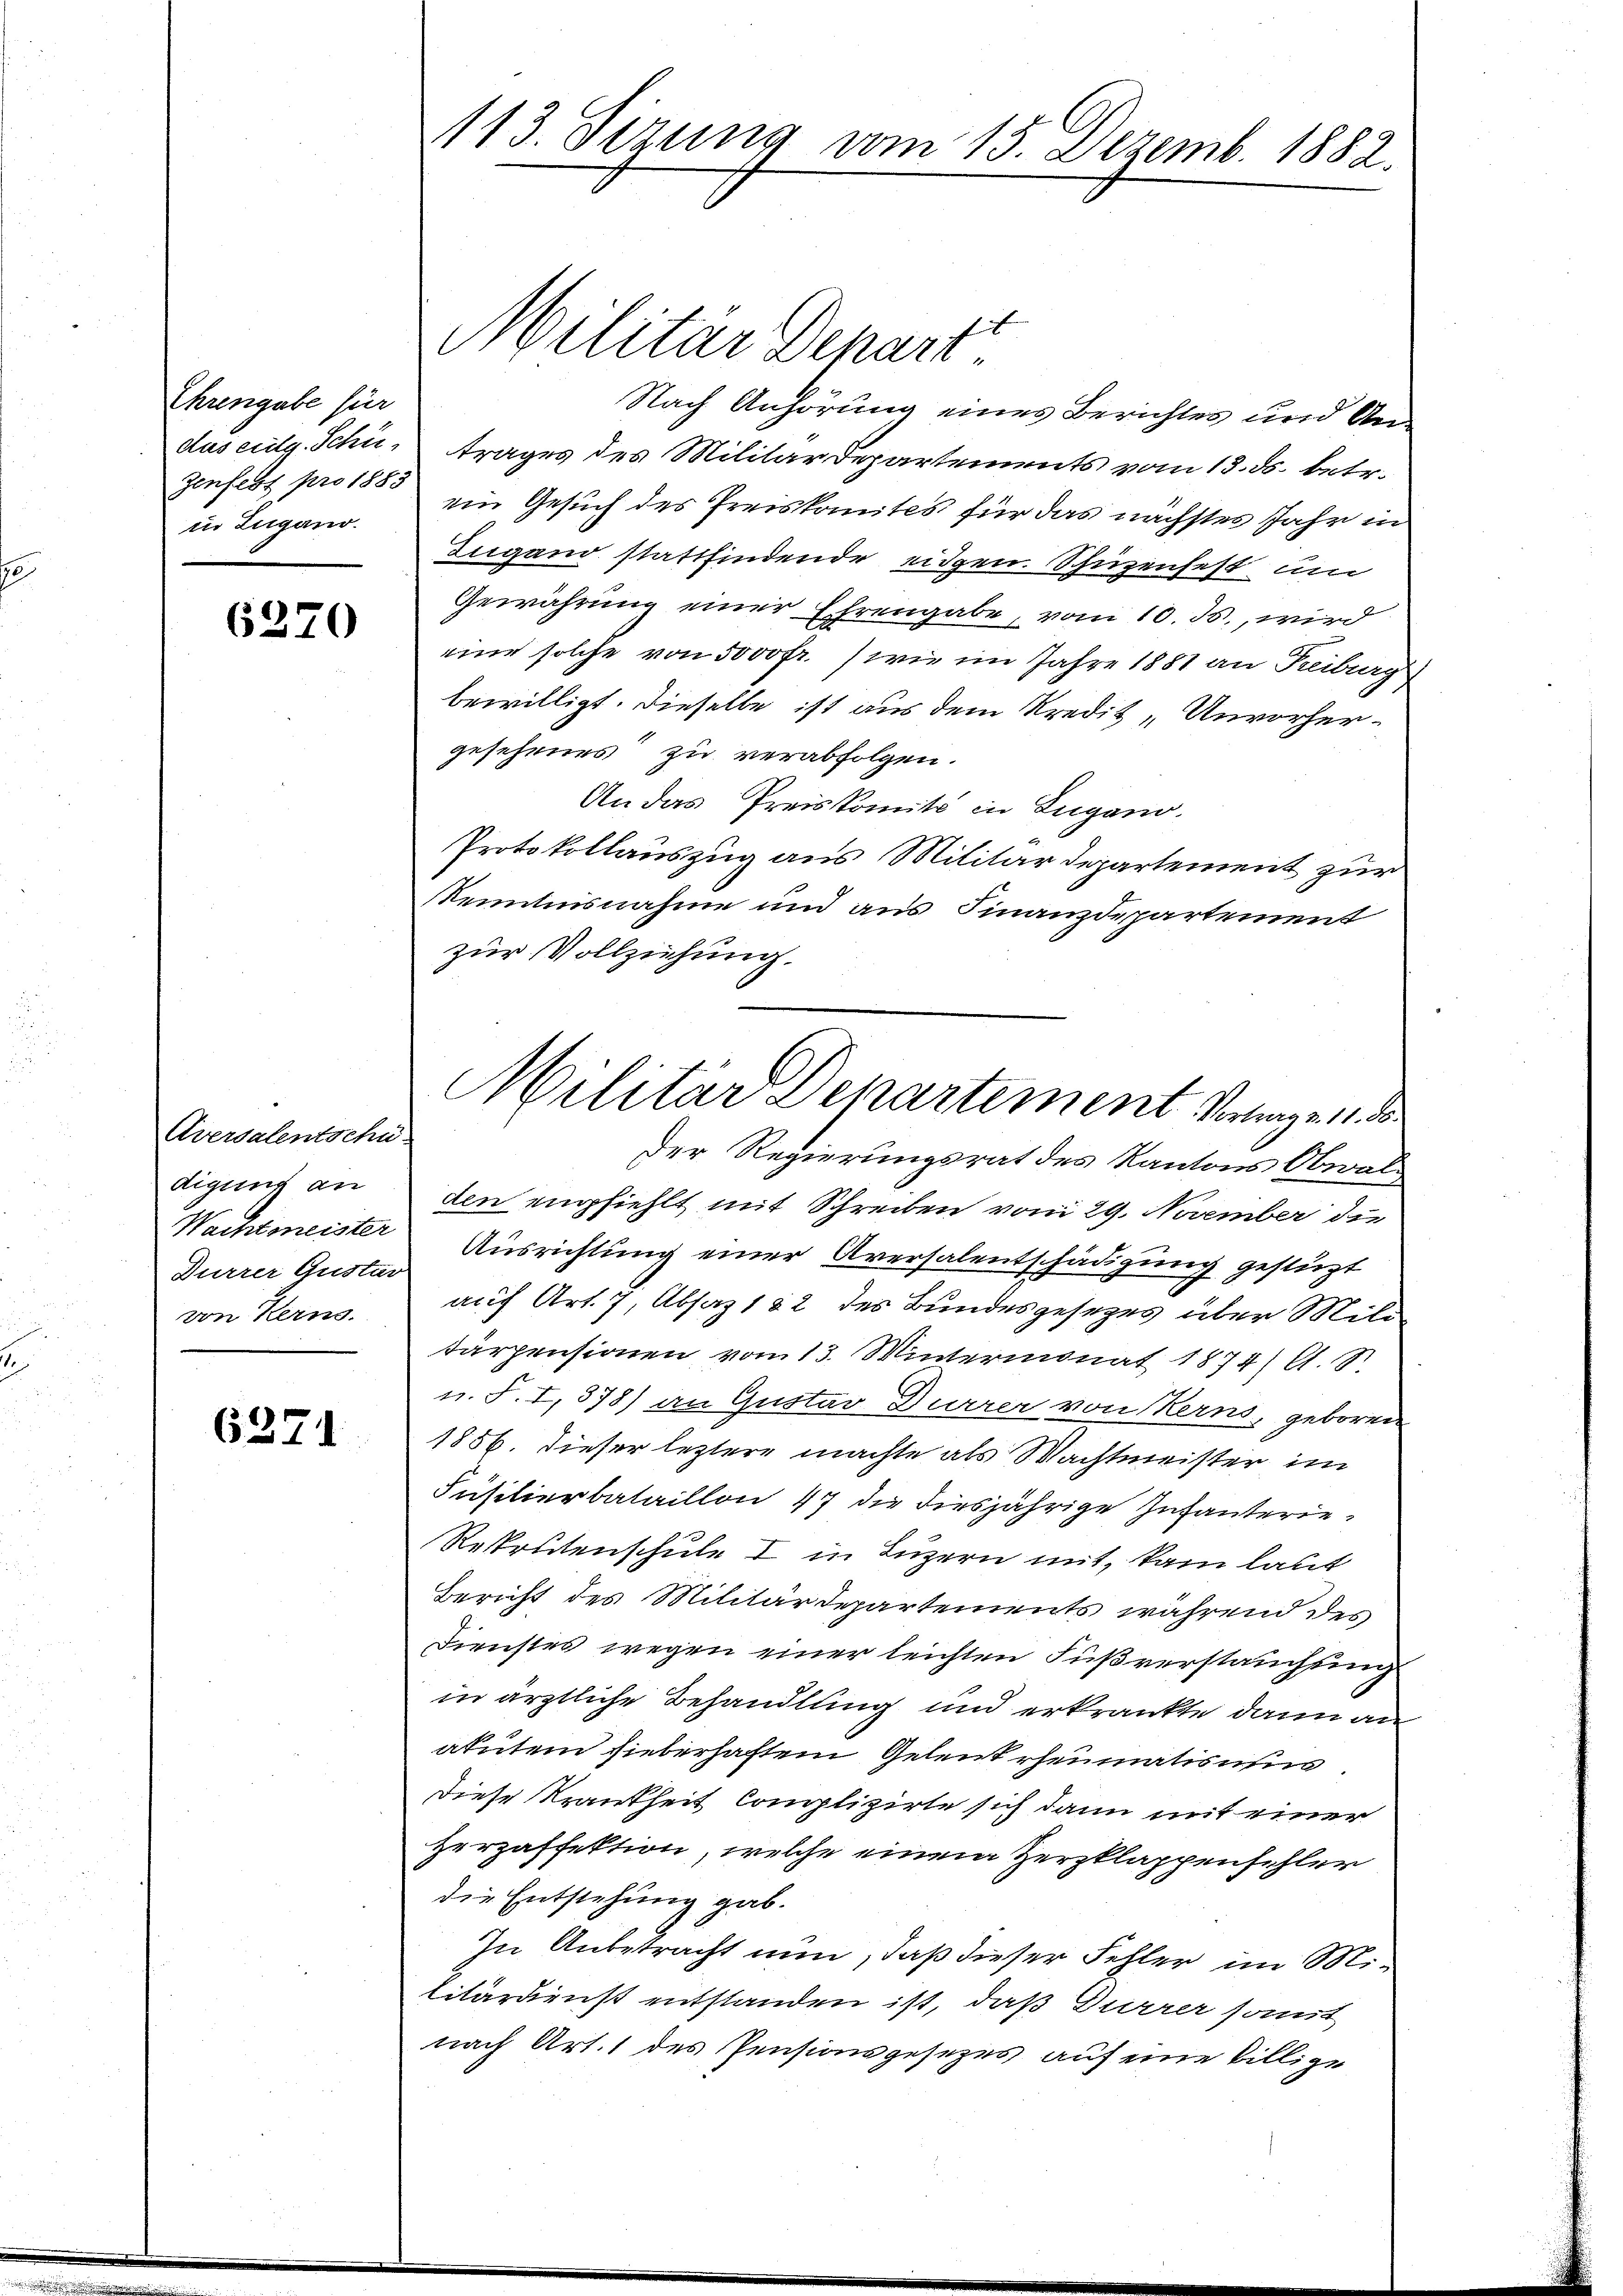
Ehrengabe für
dus eidg. Schüzenfest pro 1883
in Zugano.

6270

Aversalentschü
digung an
Wachtmeister
Durrer Gustav
von Kern.

6371

113. Jezung vom 15. Dezemb. 1882.

Nach Anhörung eines Berichtes und Antrages des Militärdepartements vom 13. ds. betr.
ein Gesuch des Preiskomites für das nächstes Jahr in
Zugand stattfindende eidgen. Schüzenfest um
Gewährung einer Ehrengabe, vom 10. ds., wird
eine solche von 5000 fr.) wie im Jahre 1881 an Reiburg
bewilligt. Dieselbe ist aus dem Kredit „Unvorhergesehenes zu verabfolgen.
An das Preiskomité in Lugano.
Protokollauszug aus Militärdepartement zur
Kenntnisnahme und aus Finanzdepartement
zur Vollziehung.
Der Regierungsrat des Kantons Obwalden empfiehlt mit Schreiben vom 29. November die
Ausrichtung einer Aversalentschädigung gestüzt
auf Art. 7, Absaz 182 des Bundesgesezes über Mili
tärpensionen vom 13. Wintermonat 1874 Al. 18.
u. S. I, 378) an Gustav Durrer von Kerns, geboren
1856. Dieser leztere machte als Wachtmeister im
Füsilierbataillon 47 die diesjährige Infanterie¬
Rekrutenschule I in Luzern mit, kam laut
Bericht des Militärdepartements während des
.
Dienstes wegen einer leichten Fußverstauchung
in ärztliche Behandlung und erkränkte dann an
akutem sieberhaften Gelent rheumatis un
Diese Krankheit Complizirte sich dann mit einer
Herzaffektion, welche einem Zerzklappenfehler
die Entstehung gab.
In Anbetracht nun, daß dieser Fehler im Militärdienst entstanden ist, daß Dürrer somit
nach Art. 1 des Pensionsgesezes auf eine billige

Militar Depar

1

Militär Departement Vortrage 11 d